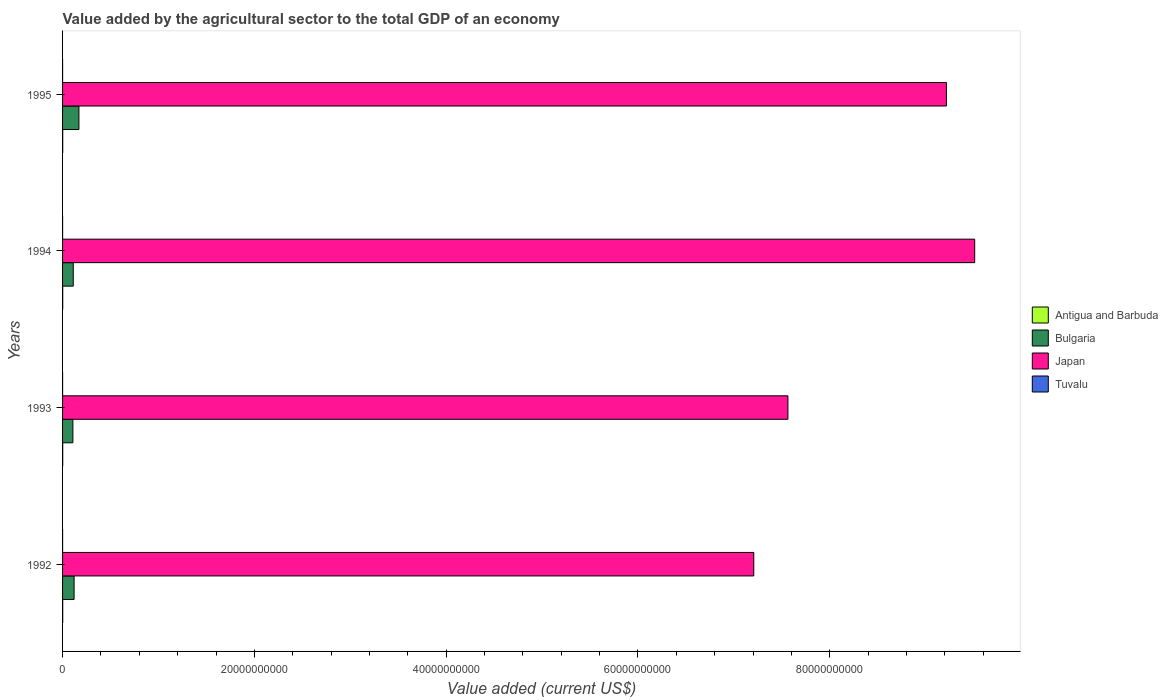
| Years | Antigua and Barbuda | Bulgaria | Japan | Tuvalu |
 | --- | --- | --- | --- | --- |
 | 1992 | 1.53e+07 | 1.2e+09 | 7.21e+10 | 2.26e+06 |
 | 1993 | 1.59e+07 | 1.08e+09 | 7.56e+10 | 2.27e+06 |
 | 1994 | 1.58e+07 | 1.11e+09 | 9.51e+10 | 2.57e+06 |
 | 1995 | 1.61e+07 | 1.71e+09 | 9.22e+10 | 2.65e+06 |